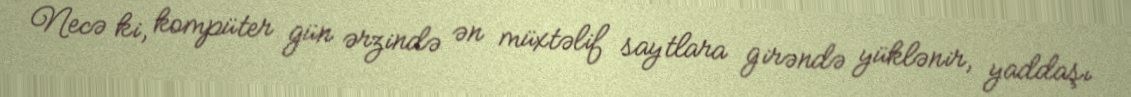
Necə ki, kompüter gün ərzində ən müxtəlif saytlara girəndə yüklənir, yaddaşı